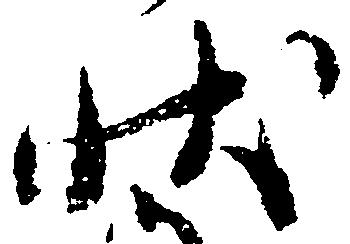
状